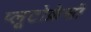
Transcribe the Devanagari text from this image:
प्लूटोक्रेसी